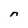
Character: n